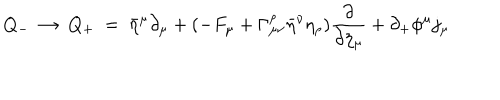
Q _ { - } ~ \to ~ Q _ { + } ~ = ~ \bar { \eta } ^ { \mu } \partial _ { \mu } + ( - F _ { \mu } + \Gamma _ { \mu \nu } ^ { \rho } \bar { \eta } ^ { \nu } \eta _ { \rho } ) { \frac { \partial } { \partial \eta _ { \mu } } } + \partial _ { + } \phi ^ { \mu } j _ { \mu }